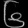
Digit: ၆